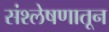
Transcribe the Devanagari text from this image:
संश्लेषणातून